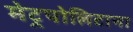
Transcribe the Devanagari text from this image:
मेट्रपोलिटाना